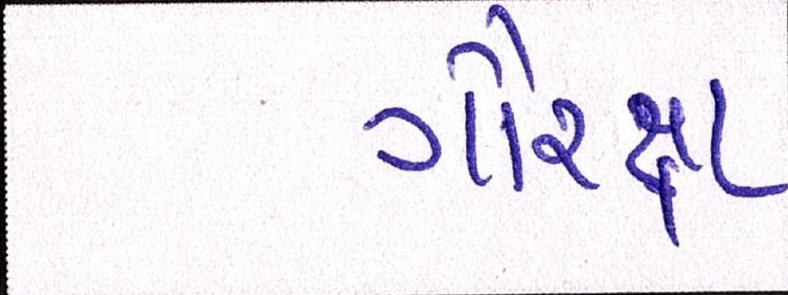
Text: ગૌરક્ષા